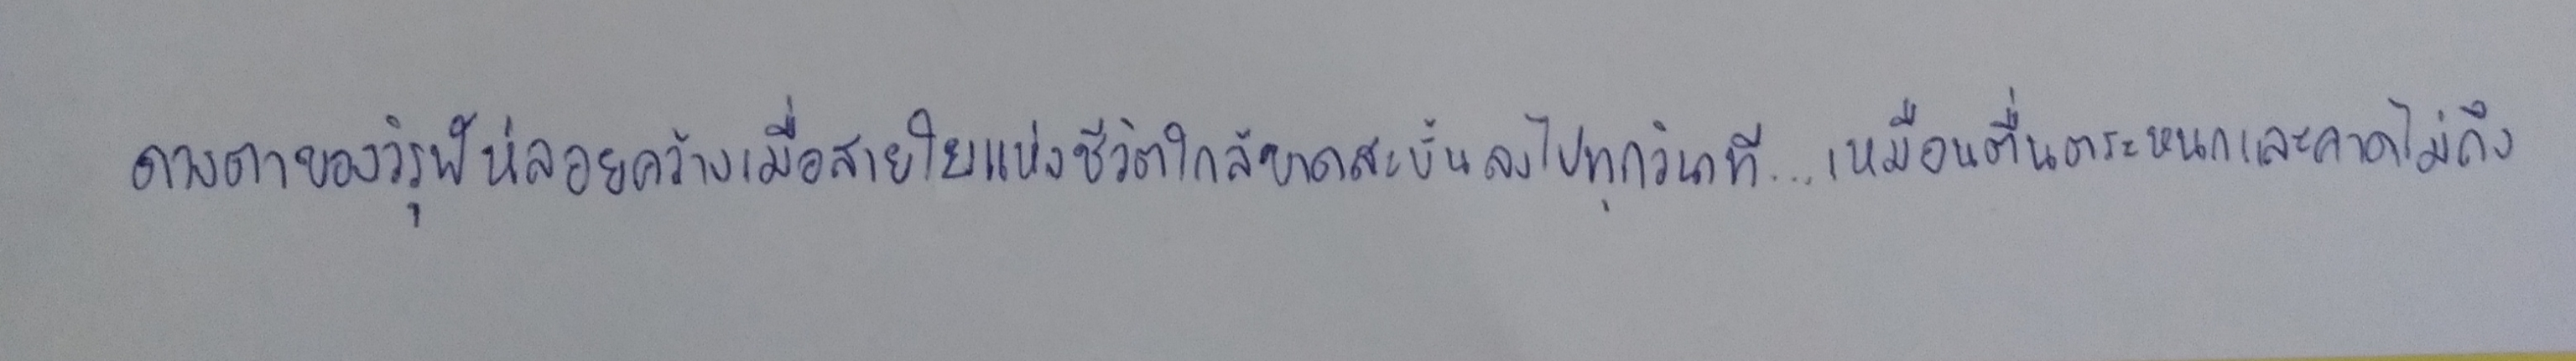
ดวงตาของวิรุฬห์ลอยคว้างเมื่อสายใยแห่งชีวิตใกล้จะขาดสะบั้นลงไปทุกวินาที...เหมือนตื่นตระหนกและคาดไม่ถึง